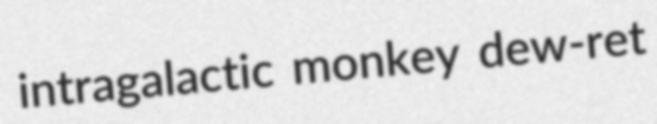
intragalactic monkey dew-ret